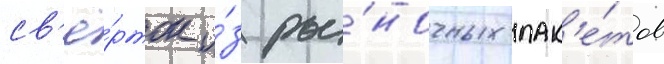
св'ё́рток и́з ры́ночных пак'е́тов